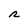
Character: r